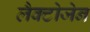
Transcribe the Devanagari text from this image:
लैक्टोजेन